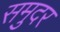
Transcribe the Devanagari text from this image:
समुदर